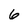
Character: 6